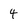
Character: 4